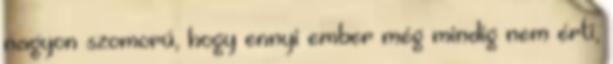
nagyon szomorú, hogy ennyi ember még mindig nem érti,